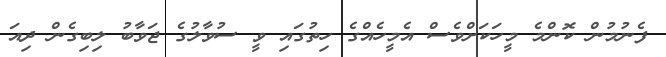
ފެނުމުން ކޮންމެ މީހަކަށްވެސް އެމީހެއްގެ ހިތުގައި ވީ ސުވާލުގެ ޖަވާބު ލިބިގެން ދިއަ